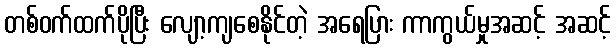
တစ်ဝက်ထက်ပိုပြီး လျော့ကျစေနိုင်တဲ့ အရေပြား ကာကွယ်မှုအဆင့် အဆင့်